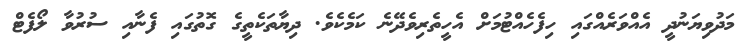
މަދުވިޔަނުދީ އެއްވަރެއްގައި ހިފެހެއްޓުމަށް އެހީތެރިވެދޭނެ ކަމެކެވެ. ދިޔާތަކެތީގެ ގޮތުގައި ފެނާއި ސުރުވާ ލޯފެޓް